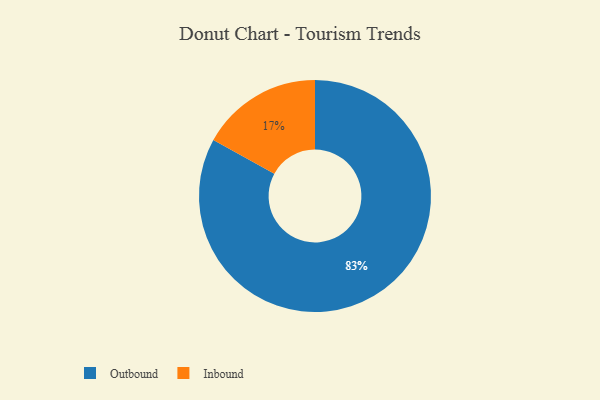
{"axis": {"x": "Category", "y": "Percentage"}, "legend": ["Inbound", "Outbound"], "data": [{"x": "Inbound", "y": 17, "type": "Inbound"}, {"x": "Outbound", "y": 83, "type": "Outbound"}]}